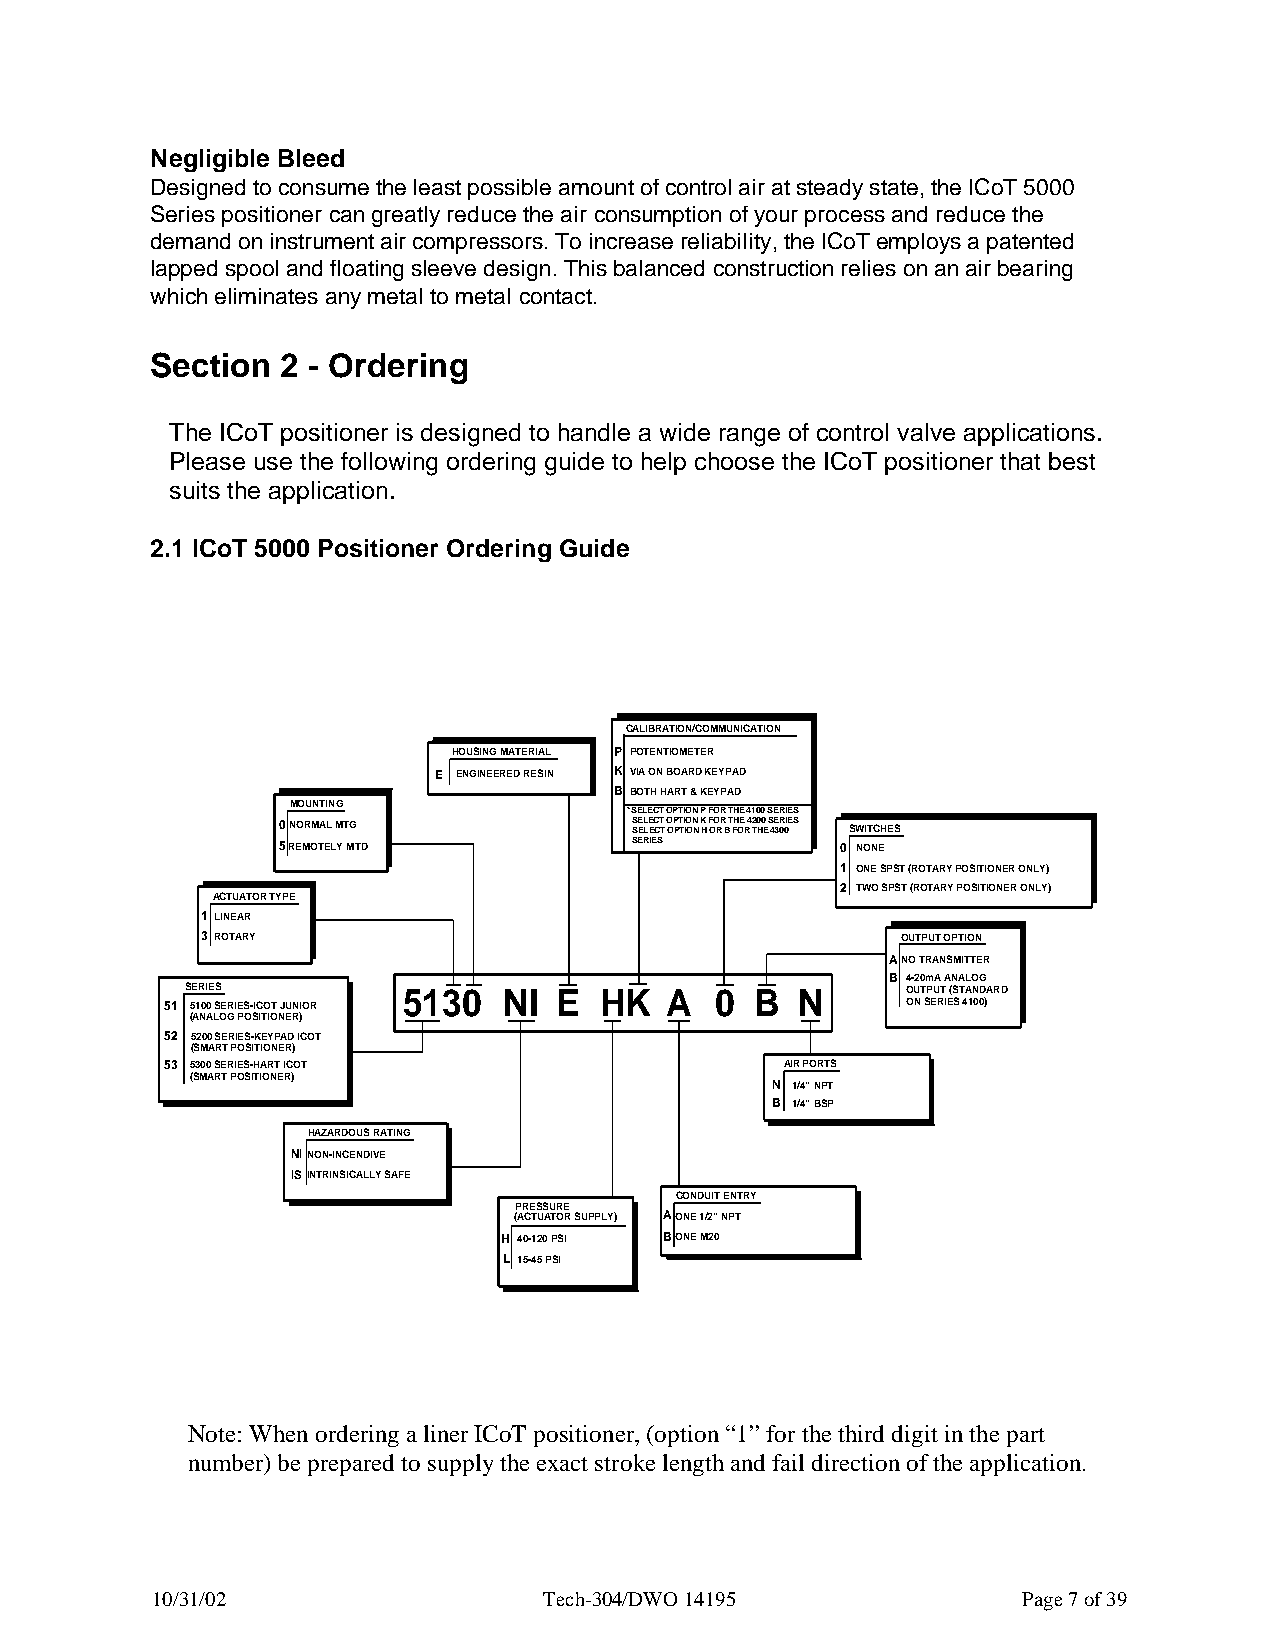
Negligible Bleed
 Designed to consume the least possible amount of control air at steady state, the ICoT 5000
 Series positioner can greatly reduce the air consumption of your process and reduce the
 demand on instrument air compressors. To increase reliability, the ICoT employs a patented
 lapped spool and floating sleeve design. This balanced construction relies on an air bearing
 which eliminates any metal to metal contact.
 Section  2 - Ordering
 The ICoT positioner is designed to handle a wide range of control valve applications.
 Please use the following ordering guide to help choose the ICoT positioner that best
 suits the application.
 2.1 ICoT 5000 Positioner Ordering Guide
 CALIBRATION/COMMUNICATION
 HOUSING MATERIAL P POTENTIOMETER
 E ENGINEERED RESIN K VIA ON BOARD KEYPAD
 B BOTH HART & KEYPAD
 MOUNTING
 * SELECT OPTION P FOR THE 4100 SERIES
 0 NORMAL MTG            S SEE LL EE CC TT OO PP TT II OO NN HK OFO RR B T FH OE R 4 T2 H00 E S 4E 3R 00IES SWITCHES
 5 REMOTELY MTD          SERIES        0 NONE
 1 ONE SPST (ROTARY POSITIONER ONLY)
 2 TWO SPST (ROTARY POSITIONER ONLY)
 ACTUATOR TYPE
 1 LINEAR
 3 ROTARY                                       OUTPUT OPTION
 A NO TRANSMITTER
 B 4-20mA ANALOG
 SERIES         5130  NI  E  HK  A  0  B  N      OUTPUT (STANDARD
 51 5100 SERIES-ICOT JUNIOR                       ON SERIES 4100)
 (ANALOG POSITIONER)
 52 5200 SERIES-KEYPAD ICOT
 (SMART POSITIONER)
 53 5300 SERIES-HART ICOT                 AIR PORTS
 (SMART POSITIONER)
 N 1/4” NPT
 B 1/4” BSP
 HAZARDOUS RATING
 NI NON-INCENDIVE
 IS INTRINSICALLY SAFE
 CONDUIT ENTRY
 PRESSURE
 (ACTUATOR SUPPLY) A ONE 1/2" NPT
 H 40-120 PSI B ONE M20
 L 15-45 PSI
 Note: When ordering a liner ICoT positioner, (option “1” for the third digit in the part
 number) be prepared to supply the exact stroke length and fail direction of the application.
 10/31/02                  Tech-304/DWO 14195              Page 7 of 39